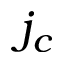
j _ { c }